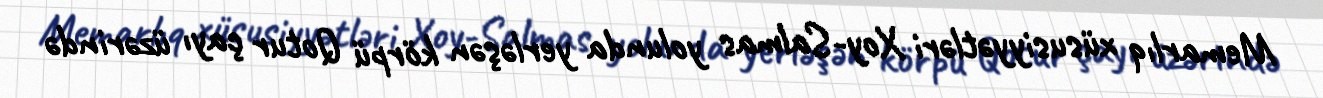
Memarlıq xüsusiyyətləri Xoy-Salmas yolunda yerləşən körpü Qotur çayı üzərində